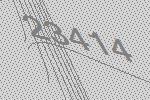
23414